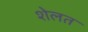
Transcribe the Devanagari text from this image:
शेलत